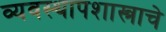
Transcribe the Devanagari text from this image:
व्यवस्थापशास्त्राचे